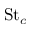
\mathrm { S t } _ { c }